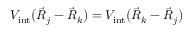
{ V _ { \mathrm { i n t } } \big ( \vec { R } _ { j } - \vec { R } _ { k } \big ) = V _ { \mathrm { i n t } } \big ( \vec { R } _ { k } - \vec { R } _ { j } \big ) }